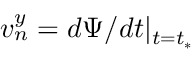
v _ { n } ^ { y } = d \Psi / d t \vert _ { t = t _ { * } }